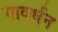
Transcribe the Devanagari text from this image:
गावर्धन